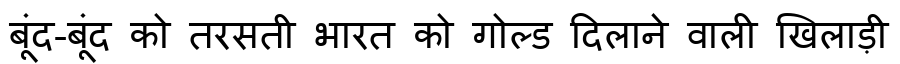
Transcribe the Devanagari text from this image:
बूंद-बूंद को तरसती भारत को गोल्ड दिलाने वाली खिलाड़ी